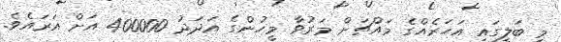
މި ބަލީގައި އަހަރެއްގެ މައްޗަށް މަރުވާ މީހުންގެ އަދަދު 400000 އަށް އަރައެވެ.